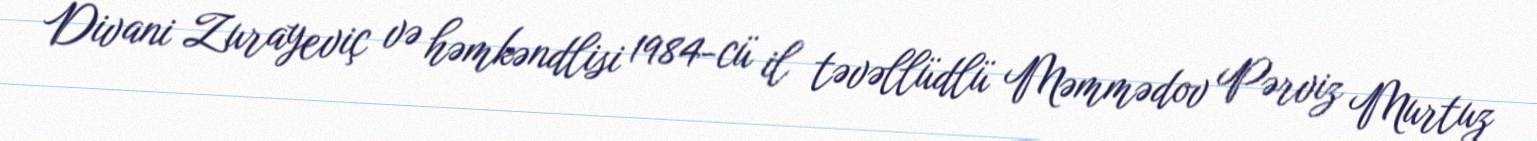
Divani Zurayeviç və həmkəndlisi 1984-cü il təvəllüdlü Məmmədov Pərviz Murtuz